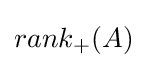
rank_{+}(A)